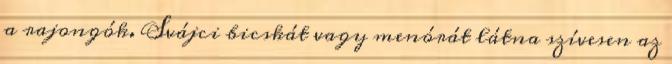
a rajongók. Svájci bicskát vagy menórát látna szívesen az